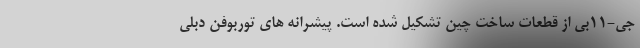
جی-11بی از قطعات ساخت چین تشکیل شده است. پیشرانه های توربوفن دبلی